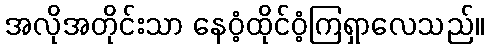
အလိုအတိုင်းသာ နေဝံ့ထိုင်ဝံ့ကြရှာလေသည်။